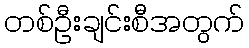
တစ်ဦးချင်းစီအတွက်